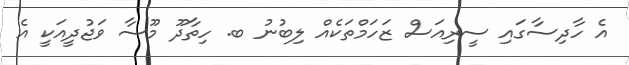
އެ ހާދިސާގައި ސީރިއަސް ޒަހަމްތަކެއް ލިބުނު ބ. ހިތާދޫ މޫސާ ވަޖުދީއަކީ އެ